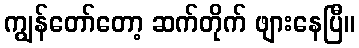
ကျွန်တော်တော့ ဆက်တိုက် ဖျားနေပြီ။